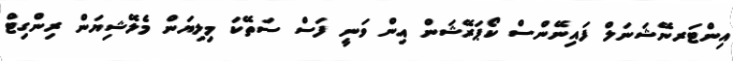
އިންޓަރނޭޝަނަލް ފައިނޭންސް ކޯޕަރޭޝަން އިން ވަނީ ފަސް ސަތޭކަ މިލިޔަން މެލޭޝިޔަން ރިންގިޓް